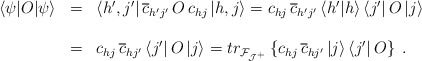
\begin{align*}\begin{array}{lll}\left<\psi|O|\psi\right>&=&\left<h',j'\right|\overline{c}_{h'j'}\,O\,{c}_{hj}\left|h,j\right>={c}_{hj}\,\overline{c}_{h'j'}\left<h'|h\right>\left<j'\right|O\left|j\right>\\\\&=&{c}_{hj}\,\overline{c}_{hj'}\left<j'\right|O\left|j\right>=tr_{\cal F_{J^+}}\left\{{c}_{hj}\,\overline{c}_{hj'}\left|j\right>\left<j'\right|O\right\}\;.\end{array}\end{align*}